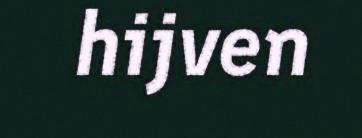
hijven